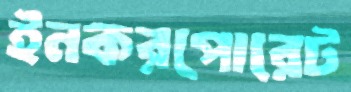
ইনকরপোরেট